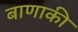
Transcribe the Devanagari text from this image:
बाणाकी